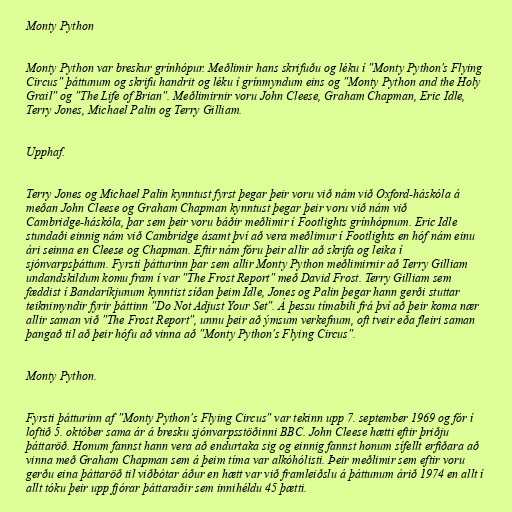
Monty Python

Monty Python var breskur grínhópur. Meðlimir hans skrifuðu og léku í "Monty Python's Flying
Circus" þáttunum og skrifu handrit og léku í grínmyndum eins og "Monty Python and the Holy
Grail" og "The Life of Brian". Meðlimirnir voru John Cleese, Graham Chapman, Eric Idle,
Terry Jones, Michael Palin og Terry Gilliam.

Upphaf.

Terry Jones og Michael Palin kynntust fyrst þegar þeir voru við nám við Oxford-háskóla á
meðan John Cleese og Graham Chapman kynntust þegar þeir voru við nám við
Cambridge-háskóla, þar sem þeir voru báðir meðlimir í Footlights grínhópnum. Eric Idle
stundaði einnig nám við Cambridge ásamt því að vera meðlimur í Footlights en hóf nám einu
ári seinna en Cleese og Chapman. Eftir nám fóru þeir allir að skrifa og leika í
sjónvarpsþáttum. Fyrsti þátturinn þar sem allir Monty Python meðlimirnir að Terry Gilliam
undandskildum komu fram í var "The Frost Report" með David Frost. Terry Gilliam sem
fæddist í Bandaríkjunum kynntist síðan þeim Idle, Jones og Palin þegar hann gerði stuttar
teiknimyndir fyrir þáttinn "Do Not Adjust Your Set". Á þessu tímabili frá því að þeir koma nær
allir saman við "The Frost Report", unnu þeir að ýmsum verkefnum, oft tveir eða fleiri saman
þangað til að þeir hófu að vinna að "Monty Python's Flying Circus".

Monty Python.

Fyrsti þátturinn af "Monty Python's Flying Circus" var tekinn upp 7. september 1969 og fór í
loftið 5. október sama ár á bresku sjónvarpsstöðinni BBC. John Cleese hætti eftir þriðju
þáttaröð. Honum fannst hann vera að endurtaka sig og einnig fannst honum sífellt erfiðara að
vinna með Graham Chapman sem á þeim tíma var alkóhólisti. Þeir meðlimir sem eftir voru
gerðu eina þáttaröð til viðbótar áður en hætt var við framleiðslu á þáttunum árið 1974 en allt í
allt tóku þeir upp fjórar þáttaraðir sem innihéldu 45 þætti.